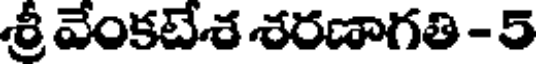
శ్రీ వేంకటేశ శరణాగతి - 5